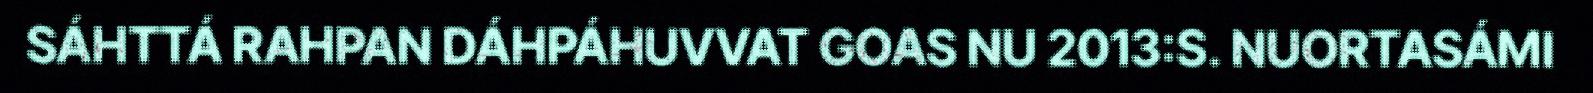
SÁHTTÁ RAHPAN DÁHPÁHUVVAT GOAS NU 2013:S. NUORTASÁMI